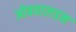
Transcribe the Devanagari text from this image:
ओबवालडन